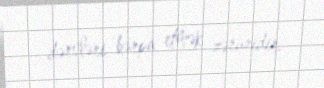
dərsləri bərpa etmək zəruridir.